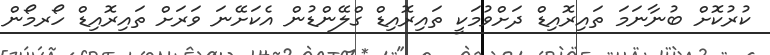
ކުރުކޮށް ބުނާނަމަ ތައިރޮއިޑް ދަށްވުމަކީ ތައިރޮއިޑް ގްލޭންޑުން އެކަށޭނަ ވަރަށް ތައިރޮއިޑް ހޯރމޯން